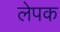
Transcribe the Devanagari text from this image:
लेपक